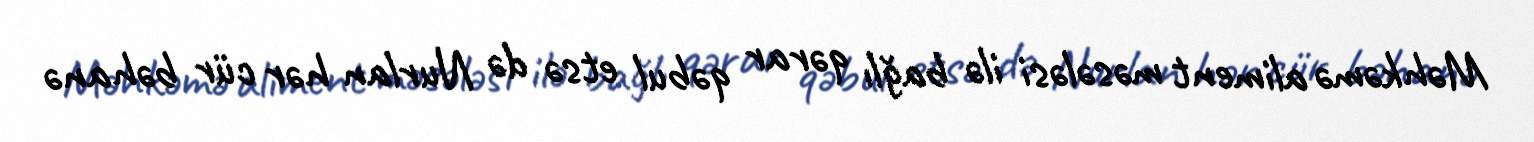
Məhkəmə aliment məsələsi ilə bağlı qərar qəbul etsə də Nurlan hər cür bəhanə